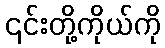
၎င်းတို့ကိုယ်ကို